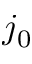
j _ { 0 }